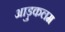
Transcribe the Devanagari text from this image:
आड़ुकलम